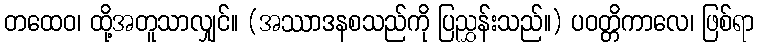
တထေဝ၊ ထို့အတူသာလျှင်။ (အဿာဒနစသည်ကို ပြညွှန်းသည်။) ပဝတ္တိကာလေ၊ ဖြစ်ရာ